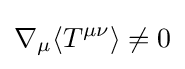
\nabla _{\mu }\langle T^{\mu \nu }\rangle \neq 0